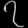
Digit: ၇